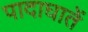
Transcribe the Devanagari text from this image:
पादाघातें